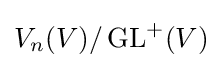
V_{n}(V)/\operatorname {GL} ^{+}(V)